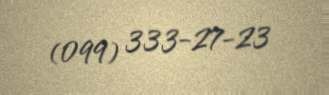
(099) 333-27-23